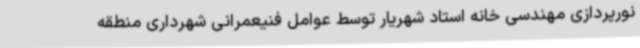
نورپردازی مهندسی خانه استاد شهریار توسط عوامل فنیعمرانی شهرداری منطقه